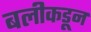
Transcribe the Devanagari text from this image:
बलीकडून